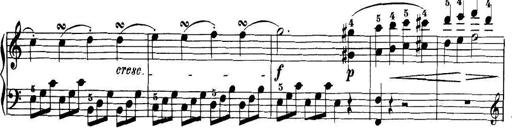
Title: 32 Sonatinas and Rondos for the Piano
Composer: Richard Kleinmichel